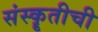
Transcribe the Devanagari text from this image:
संस्कॄतीची